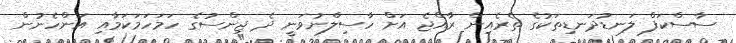
ސާސްކަފް ލަނޑުދަނޑިތަކުގެ ތެރެއިން ރާއްޖެ އަށް ހާސިލްނުވަނީ ދެ ޖިންސުގެ ހަމަހަމަކަމާއި އަންހެނުން